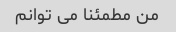
من مطمئنا می توانم